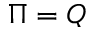
\Pi = Q